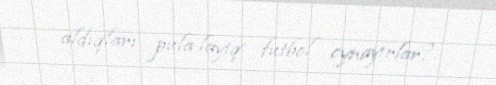
aldıqları pula layiq futbol oynayırlar?.